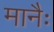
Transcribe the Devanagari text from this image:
मानैः